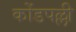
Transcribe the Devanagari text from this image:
कोंडपल्ली